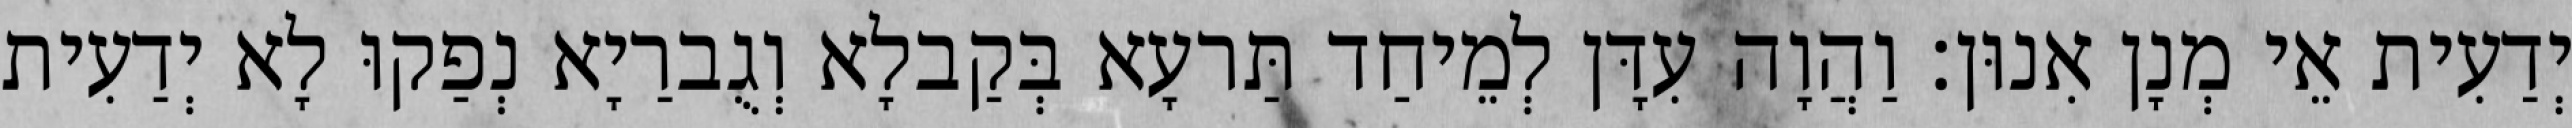
יְדַעִית אֵי מְנָן אִנוּן׃ וַהֲוָה עִדָּן לְמֵיחַד תַּרעָא בְּקַבלָא וְגֻברַיָא נְפַקוּ לָא יְדַעִית